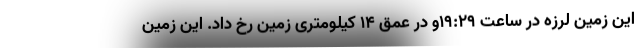
این زمین لرزه در ساعت ۱۹:۲۹و در عمق ۱۴ کیلومتری زمین رخ داد. این زمین